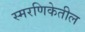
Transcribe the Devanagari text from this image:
स्मरणिकेतील